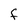
Character: F